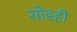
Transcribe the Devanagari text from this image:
सोंडही